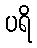
ပရိ